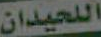
اللحيدان